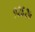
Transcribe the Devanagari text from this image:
१२६२५